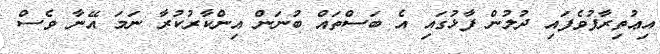
އިޢުތިރާފުވެފައި ދުލުން ފާޅުގައި އެ ބަސްތައް ބުނަން އިންކާރުކުރާ ނަމަ އޭނާ ވެސް